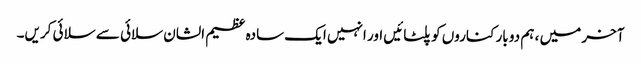
آخر میں ، ہم دو بار کناروں کو پلٹائیں اور انہیں ایک سادہ عظیم الشان سلائی سے سلائی کریں۔